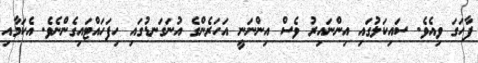
ފާހަގަ ވިއެވެ. ސައިކަލުގައި އިންނައިރު ވެސް އިންނަނީ އަހަރެންގެ އުނަގަނޑުގައި ހިފަހައްޓައިގެންނެވެ. އެކަމާއި